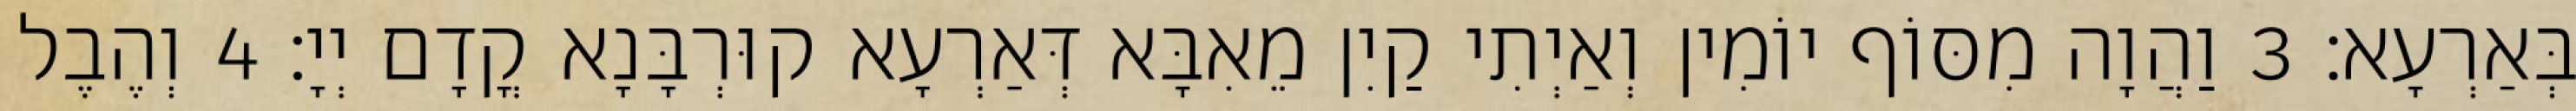
בְּאַרְעָא׃ 3 וַהֲוָה מִסּוֹף יוֹמִין וְאַיְתִי קַיִן מֵאִבָּא דְּאַרְעָא קוּרְבָּנָא קֳדָם יְיָ׃ 4 וְהֶבֶל